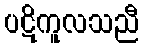
ပဋိကူလသညီ